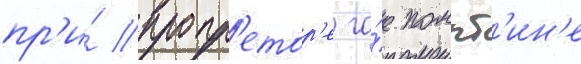
пр'и́ пропр'етор'е га́е помпт'ин'е